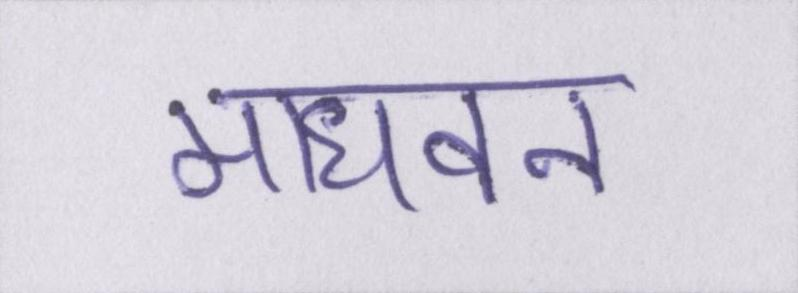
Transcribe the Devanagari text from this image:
माधवन